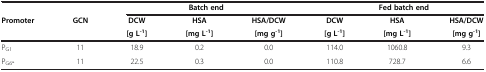
|  |  | <COLSPAN=3> Batch end | <COLSPAN=3> Fed batch end |
 | Promoter | GCN | DCW[g L-1] | HSA[mg L-1] | HSA/DCW[mg g-1] | DCW[g L-1] | HSA[mg L-1] | HSA/DCW[mg g-1] |
 | --- | --- | --- | --- | --- | --- | --- | --- |
 | PG1 | 11 | 18.9 | 0.2 | 0.0 | 114.0 | 1060.8 | 9.3 |
 | PG6* | 11 | 22.5 | 0.3 | 0.0 | 110.8 | 728.7 | 6.6 |